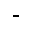
–